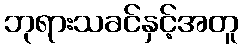
ဘုရားသခင်နှင့်အတူ